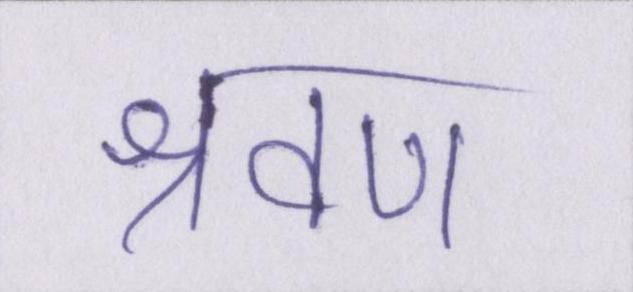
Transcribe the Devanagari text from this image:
श्रवण